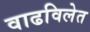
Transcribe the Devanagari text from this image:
वाढविलेत